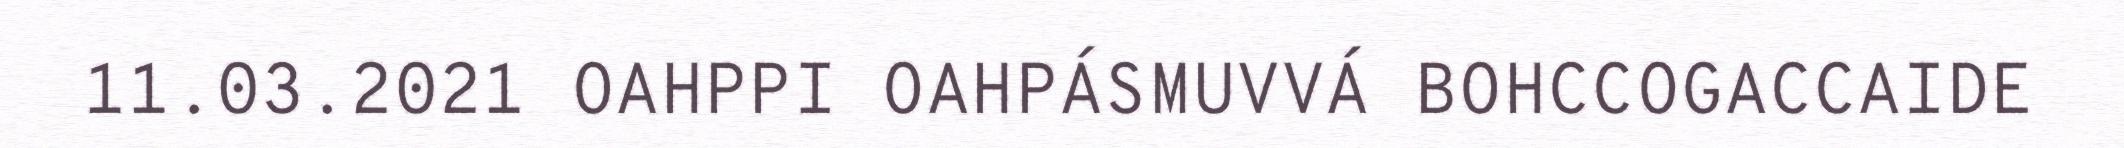
11.03.2021 OAHPPI OAHPÁSMUVVÁ BOHCCOGACCAIDE